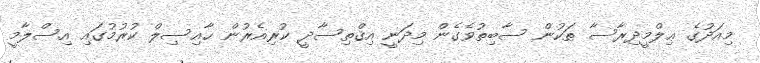
މިއަދުގެ ޢިލްމީދިރާސާ ތަކުން ސާބިތުވެގެން މިދަނީ އިޤްތިސާދީ ކުރިއެރުން ޙާއިސިލް ކުރުމުގައި އިސްލާމީ